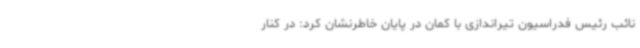
نائب رئیس فدراسیون تیراندازی با کمان در پایان خاطرنشان کرد: در کنار